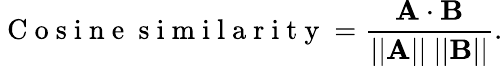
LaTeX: \mathrm{~C~o~s~i~n~e~\ s~i~m~i~l~a~r~i~t~y~}=\frac{\mathbf{A}\cdot\mathbf{B}}{||\mathbf{A}||\ ||\mathbf{B}||}.